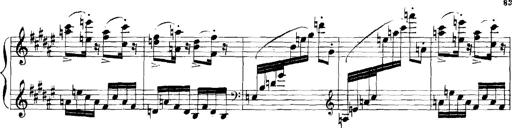
Title: Rhapsodies hongroises
Composer: Franz Liszt